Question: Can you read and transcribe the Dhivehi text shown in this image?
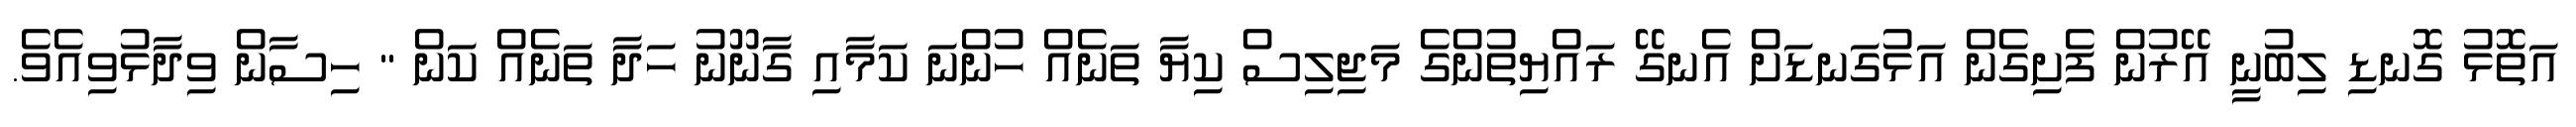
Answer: އަތޮޅު ގޮނޑި ލިބުނީ އޭރުން ފެށިގެން އަޅުގަނޑަށް އެނގޭ ރައްޔިތުންގެ މަޖިލިސް ކިޔާ ތަނެއް ހުންނަ ކަމާއި ގާނޫނު ހަދާ ތަނެއް ކަން " ހިސާން ވިދާޅުވިއެވެ.